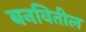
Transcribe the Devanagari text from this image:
बनवितील